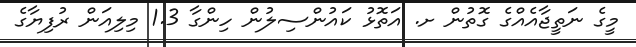
މީގެ ނަތީޖާއެއްގެ ގޮތުން ށ. އަތޮޅު ކައުންސިލުން ހިންގާ 1.3 މިލިއަން ރުފިޔާގެ